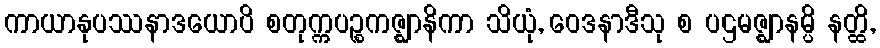
ကာယာနုပဿနာဒယောပိ စတုက္ကပဉ္စကဇ္ဈာနိကာ သိယုံ, ဝေဒနာဒီသု စ ပဌမဇ္ဈာနမ္ပိ နတ္ထိ,